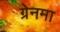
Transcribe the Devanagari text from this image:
ग्रेनमा